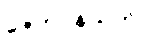
ဇေတဝနသုတ်